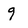
Character: 9